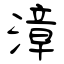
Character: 漳